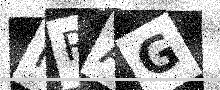
Text: IRAG